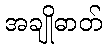
အချိုဓာတ်